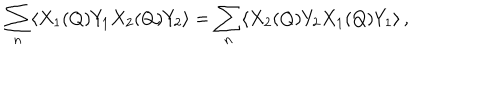
\sum _ { n } \langle X _ { 1 } ( Q ) Y _ { 1 } X _ { 2 } ( Q ) Y _ { 2 } \rangle = \sum _ { n } \langle X _ { 2 } ( Q ) Y _ { 2 } X _ { 1 } ( Q ) Y _ { 1 } \rangle \, ,